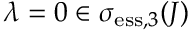
\lambda = 0 \in \sigma _ { \mathrm { e s s } , 3 } ( J )